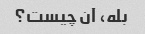
بله، آن چیست؟